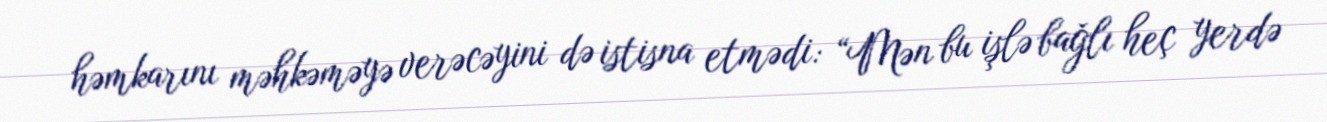
həmkarını məhkəməyə verəcəyini də istisna etmədi: “Mən bu işlə bağlı heç yerdə